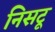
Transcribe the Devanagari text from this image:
निसटू